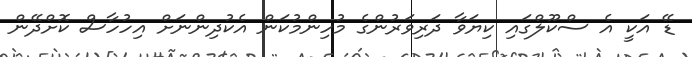
ޑޭ އަކީ އެ ސްކޫލްގައި ކިޔަވާ ދަރިވަރުންގެ މުހިންމުކަން އެކުދިންނަށް އިހުހާސް ކޮށްދޭން